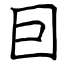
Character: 囙